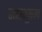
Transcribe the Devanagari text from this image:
महाभूकम्प